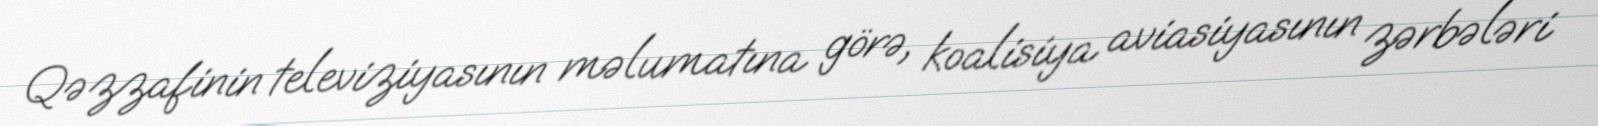
Qəzzafinin televiziyasının məlumatına görə, koalisiya aviasiyasının zərbələri